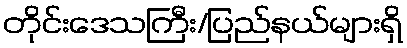
တိုင်းဒေသကြီး/ပြည်နယ်များရှိ